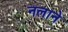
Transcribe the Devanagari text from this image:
नलाने